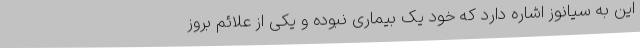
این به سیانوز اشاره دارد که خود یک بیماری نبوده و یکی از علائم بروز